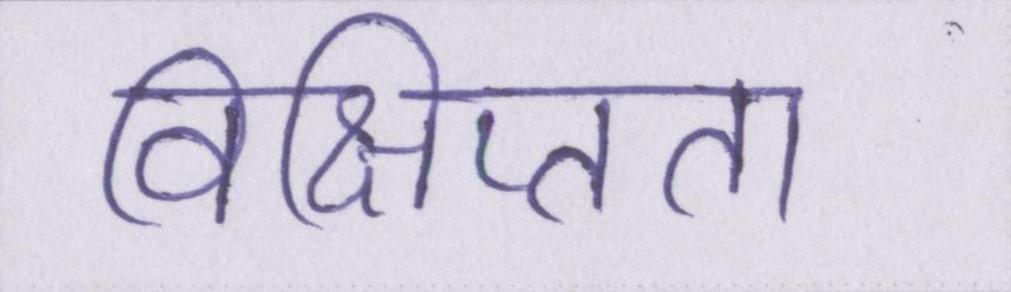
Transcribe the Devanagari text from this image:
विक्षिप्तता